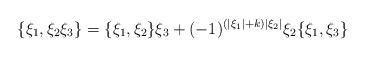
LaTeX: \begin{align*}\{\xi_1,\xi_2\xi_3\} = \{\xi_1,\xi_2\}\xi_3 + (-1)^{(|\xi_1|+k)|\xi_2|}\xi_2\{\xi_1,\xi_3\}\end{align*}